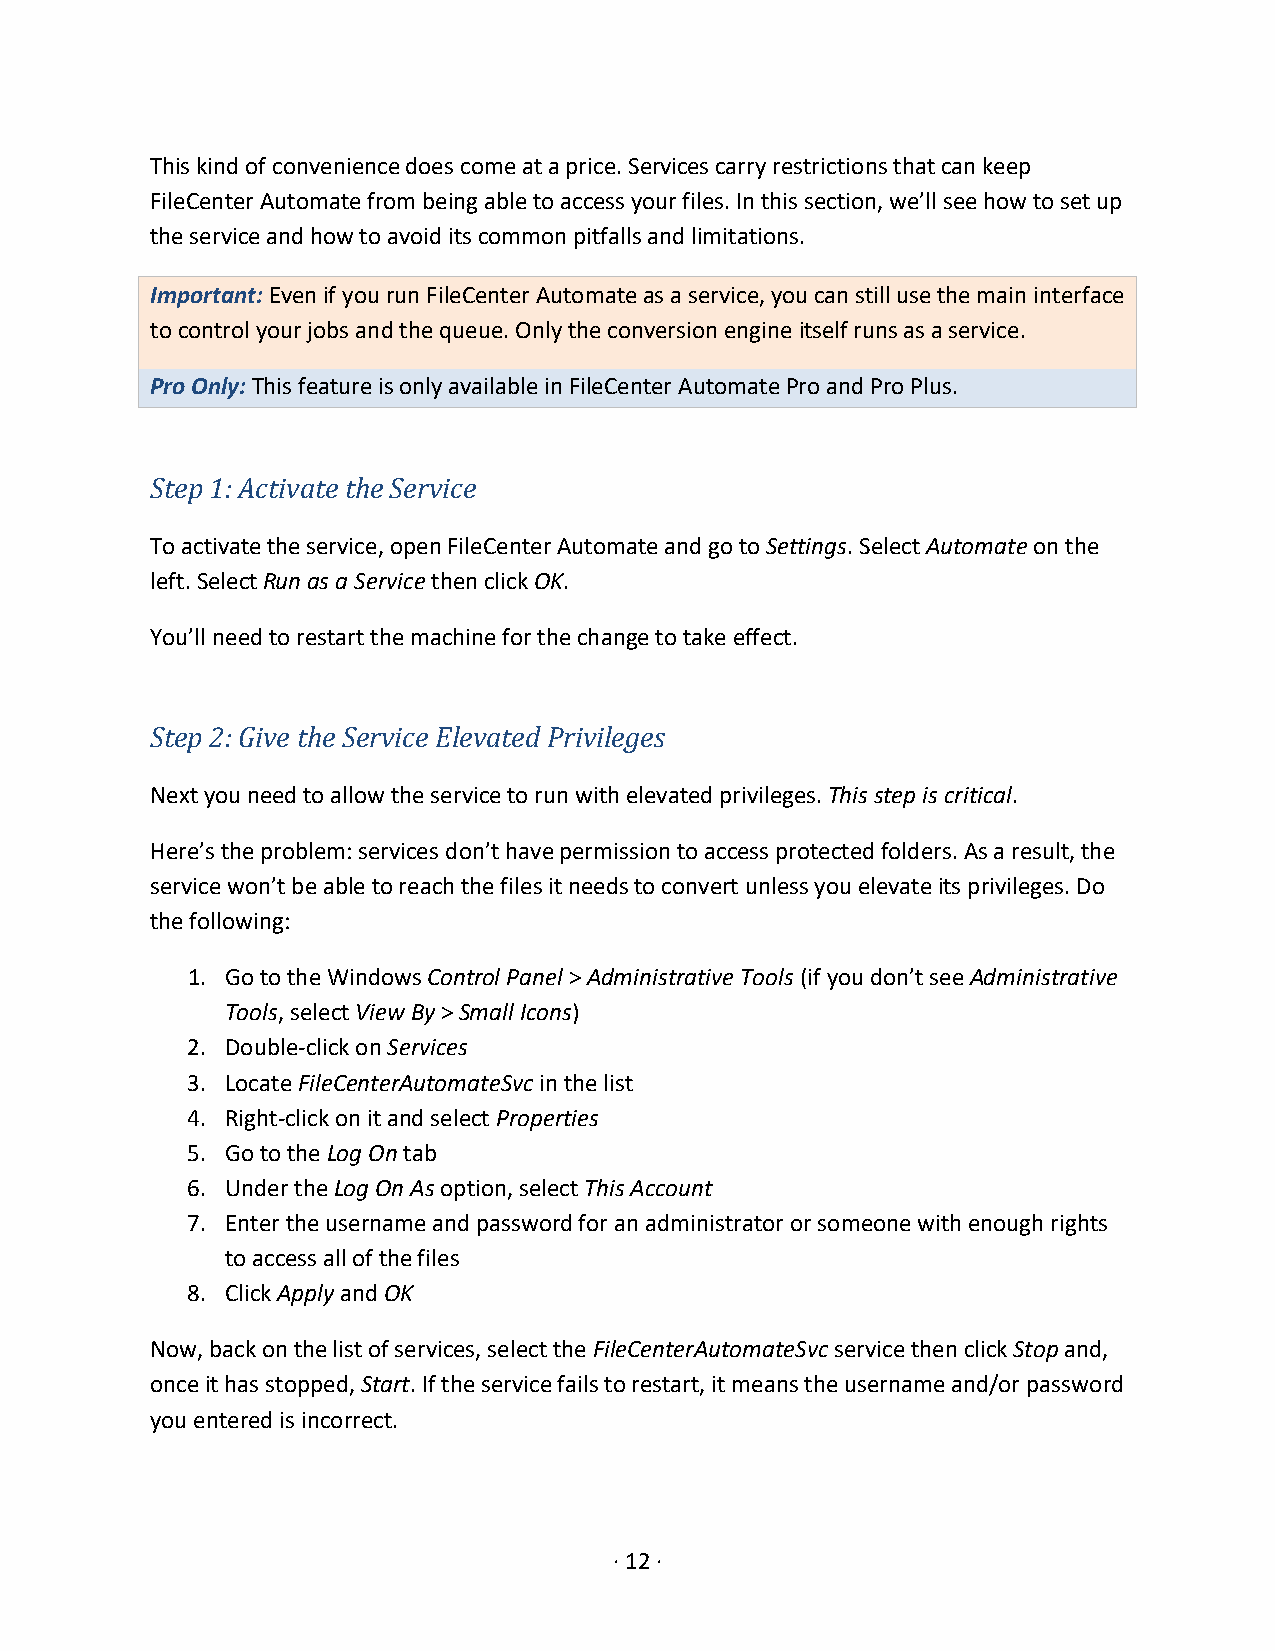
This kind of convenience does come at a price. Services carry restrictions that can keep
 FileCenter Automate from being able to access your files. In this section, we’ll see how to set up
 the service and how to avoid its common pitfalls and limitations.
 Important: Even if you run FileCenter Automate as a service, you can still use the main interface
 to control your jobs and the queue. Only the conversion engine itself runs as a service.
 Pro Only: This feature is only available in FileCenter Automate Pro and Pro Plus.
 Step 1: Activate the Service
 To activate the service, open FileCenter Automate and go to Settings. Select Automate on the
 left. Select Run as a Service then click OK.
 You’ll need to restart the machine for the change to take effect.
 Step 2: Give the Service Elevated Privileges
 Next you need to allow the service to run with elevated privileges. This step is critical.
 Here’s the problem: services don’t have permission to access protected folders. As a result, the
 service won’t be able to reach the files it needs to convert unless you elevate its privileges. Do
 the following:
 1. Go to the Windows Control Panel > Administrative Tools (if you don’t see Administrative
 Tools, select View By > Small Icons)
 2. Double-click on Services
 3. Locate FileCenterAutomateSvc in the list
 4. Right-click on it and select Properties
 5. Go to the Log On tab
 6. Under the Log On As option, select This Account
 7. Enter the username and password for an administrator or someone with enough rights
 to access all of the files
 8. Click Apply and OK
 Now, back on the list of services, select the FileCenterAutomateSvc service then click Stop and,
 once it has stopped, Start. If the service fails to restart, it means the username and/or password
 you entered is incorrect.
 · 12 ·